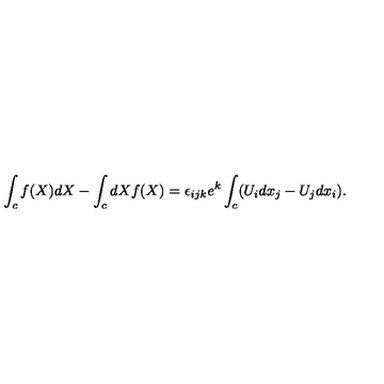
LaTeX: \int _ { c } f ( X ) d X - \int _ { c } d X f ( X ) = \epsilon _ { i j k } e ^ { k } \int _ { c } ( U _ { i } d x _ { j } - U _ { j } d x _ { i } ) .